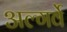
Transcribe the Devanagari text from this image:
अल्गर्वे